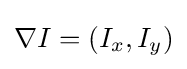
\nabla I=(I_{x},I_{y})